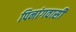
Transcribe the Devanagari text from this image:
पिनांगवासी